Civil Veterinary Department Bihar reports 1936-40 - 1936-1940
Year: 1936
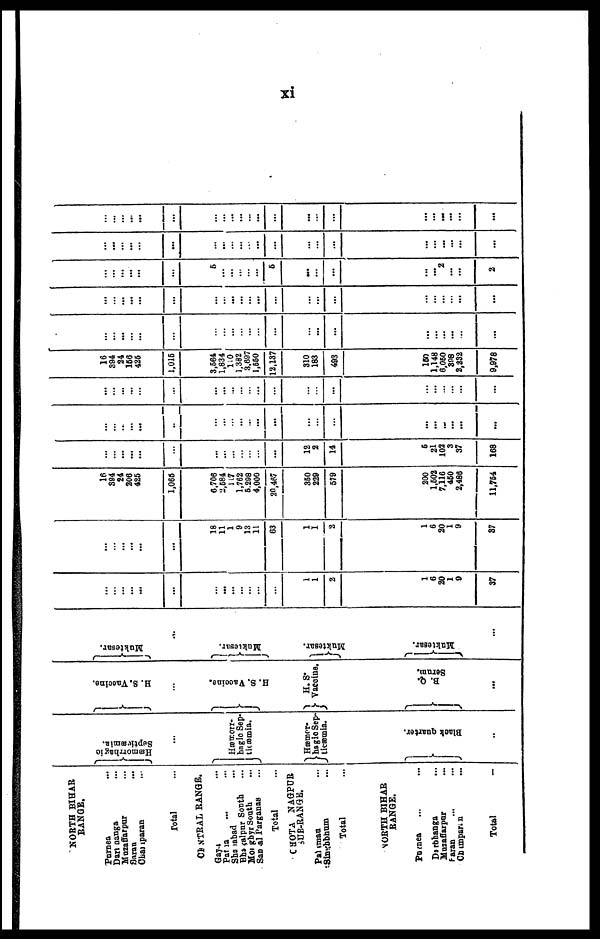
xi
NORTH BIHAR
RANGE.
Purnea ...
Dart aanga ...
Muzaffarpur ...
Saran ...
Champaran ...
Total ...
CENTRAL RANGE.
Gaya ...
Patna ... ...
Shahabad ...
Bhagalpur South ...
Monghyr South ...
Sapual Parganas ...
Total ...
CHOTA NAGPUR
SUB-RANGE.
Palamau ...
Singhbhum ...
Total ...
NORTH BIHAR
RANGE.
Purnea ... ...
Darbhanga ...
Muzaffarpur ...
Saran ... ...
Chimparan ...
Total ...
Hæmorrhagic
Septicæmia.
...
Hæmorr-
hagic Sep-
ticæmia.
Hæmor-
hagic Sep-
Black quarter.
..
H. S. Vaccine.
...
H. S. Vacci ne.
H. S*
Vaccine.
B. Q.
Ser um.
...
Muktesar.
...
Mukt e s a r
.
Mukt e s a r
.
Mukt e s a r
.
...
...
...
...
..
...
...
...
...
...
...
... ...
...
1
1
2
1
6
20
1
9
37
...
...
...
..
...
...
18
11
1
9
13
11
63
1
1
2
1
6
20
1
9
37
16
394
24
206
425
1,065
6,706
2,584
117
1,762
6,208
4,000
20,467
350
229
579
200
1,502
7,116
450
2,486
11,764
...
...
.... ...
...
...
...
...
...
...
... ...
...
12
2
14
5 21
102
3
37
168
...
...
...
...
...
...
...
...
...
...
... ...
...
...
...
...
...
... ...
...
...
...
...
...
...
...
...
...
...
...
...
...
... ...
...
...
...
...
...
...
...
...
...
...
16
394
24
156
425
1,015
3,564
1,834
110
1,382
3,697
1,550
12,137
310
183
493
150
1,148
6,060
398
2,232
9,978
...
...
...
...
...
...
...
...
...
...
... ...
...
... ...
...
...
...
... ...
...
...
...
...
... ...
...
...
...
...
...
...
... ...
...
...
...
...
...
...
...
...
...
...
...
...
...
...
5
...
...
...
... ...
5
...
...
...
...
... 2
...
...
2
...
...
...
...
...
...
...
...
...
...
... ...
...
...
...
...
...
... ...
...
...
...
...
...
...
...
...
...
...
...
...
...
... ...
...
...
...
...
... ...
...
...
...